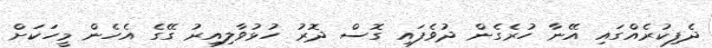
ދެފިކުރެއްގައި އޭނާ ހުރެގެން ދުވެފައި ގޮސް ދޮރު ހުޅުވާލިއިރު ގޭގެ އެހެން މީހަކަށް